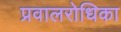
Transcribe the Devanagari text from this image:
प्रवालरोधिका